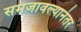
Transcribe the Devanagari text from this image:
समजावल्यानंतर